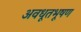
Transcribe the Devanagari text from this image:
अवधूतभूषण